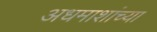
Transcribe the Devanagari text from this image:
अधमाशांच्या